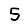
Digit: 5